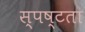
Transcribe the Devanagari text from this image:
स्‍पष्टता